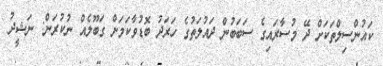
ކައުންސިލްތަކަށް ދޭ މުސާރައިގެ ސަބަބުން ދައުލަތުގެ ހަރަދު ބޮޑުވާކަމަށް ގަބޫލެއް ނުކުރަން: ނަޝީދު